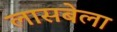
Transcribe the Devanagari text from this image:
लासबेला